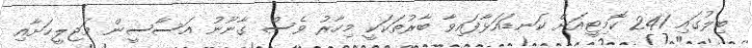
ބިލުގައި 241 ކޮމިޓީއަށް ކަނޑައަޅާފައިވާ ބާރުތަކަކީ މިހާރު ވެސް ގާނޫނު އަސާސީން މަޖިލީހަށާއި